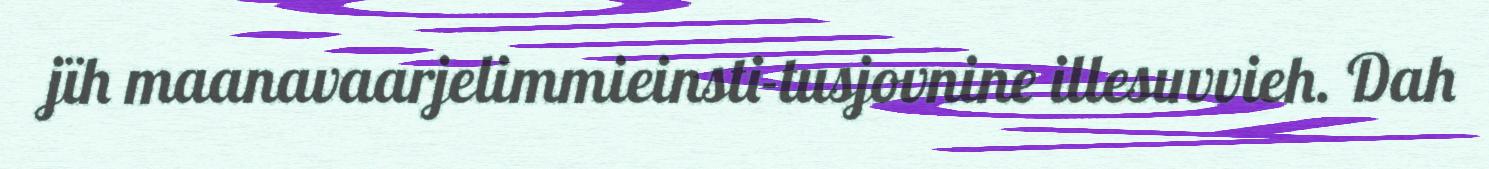
jïh maanavaarjelimmieinsti-tusjovnine illesuvvieh. Dah